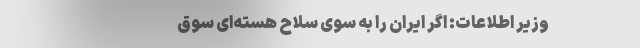
------------- وزیر اطلاعات: اگر ایران را به‌ سوی سلاح‌ هسته‌ای سوق